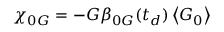
\chi _ { 0 G } = - G \beta _ { 0 G } ( t _ { d } ) \left\langle G _ { 0 } \right\rangle